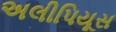
અલીપિયૂસ